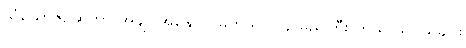
သံယောဇဉ်ဆိုတာ အချုပ်အနှောင် မြဲတယ်လို့ နာမည်ကြီး တယ် သူငယ်ချင်း